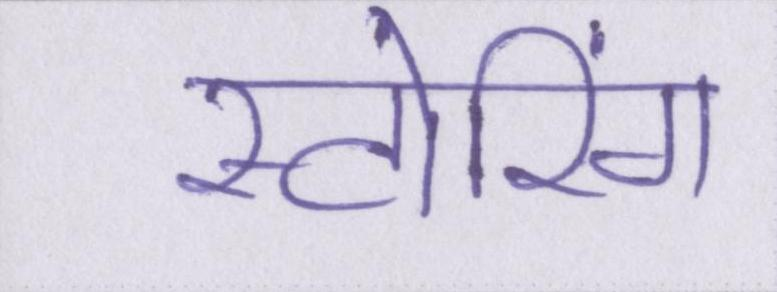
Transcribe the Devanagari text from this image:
स्टोरिंग